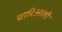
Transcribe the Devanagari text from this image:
चारिआली